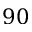
9 0